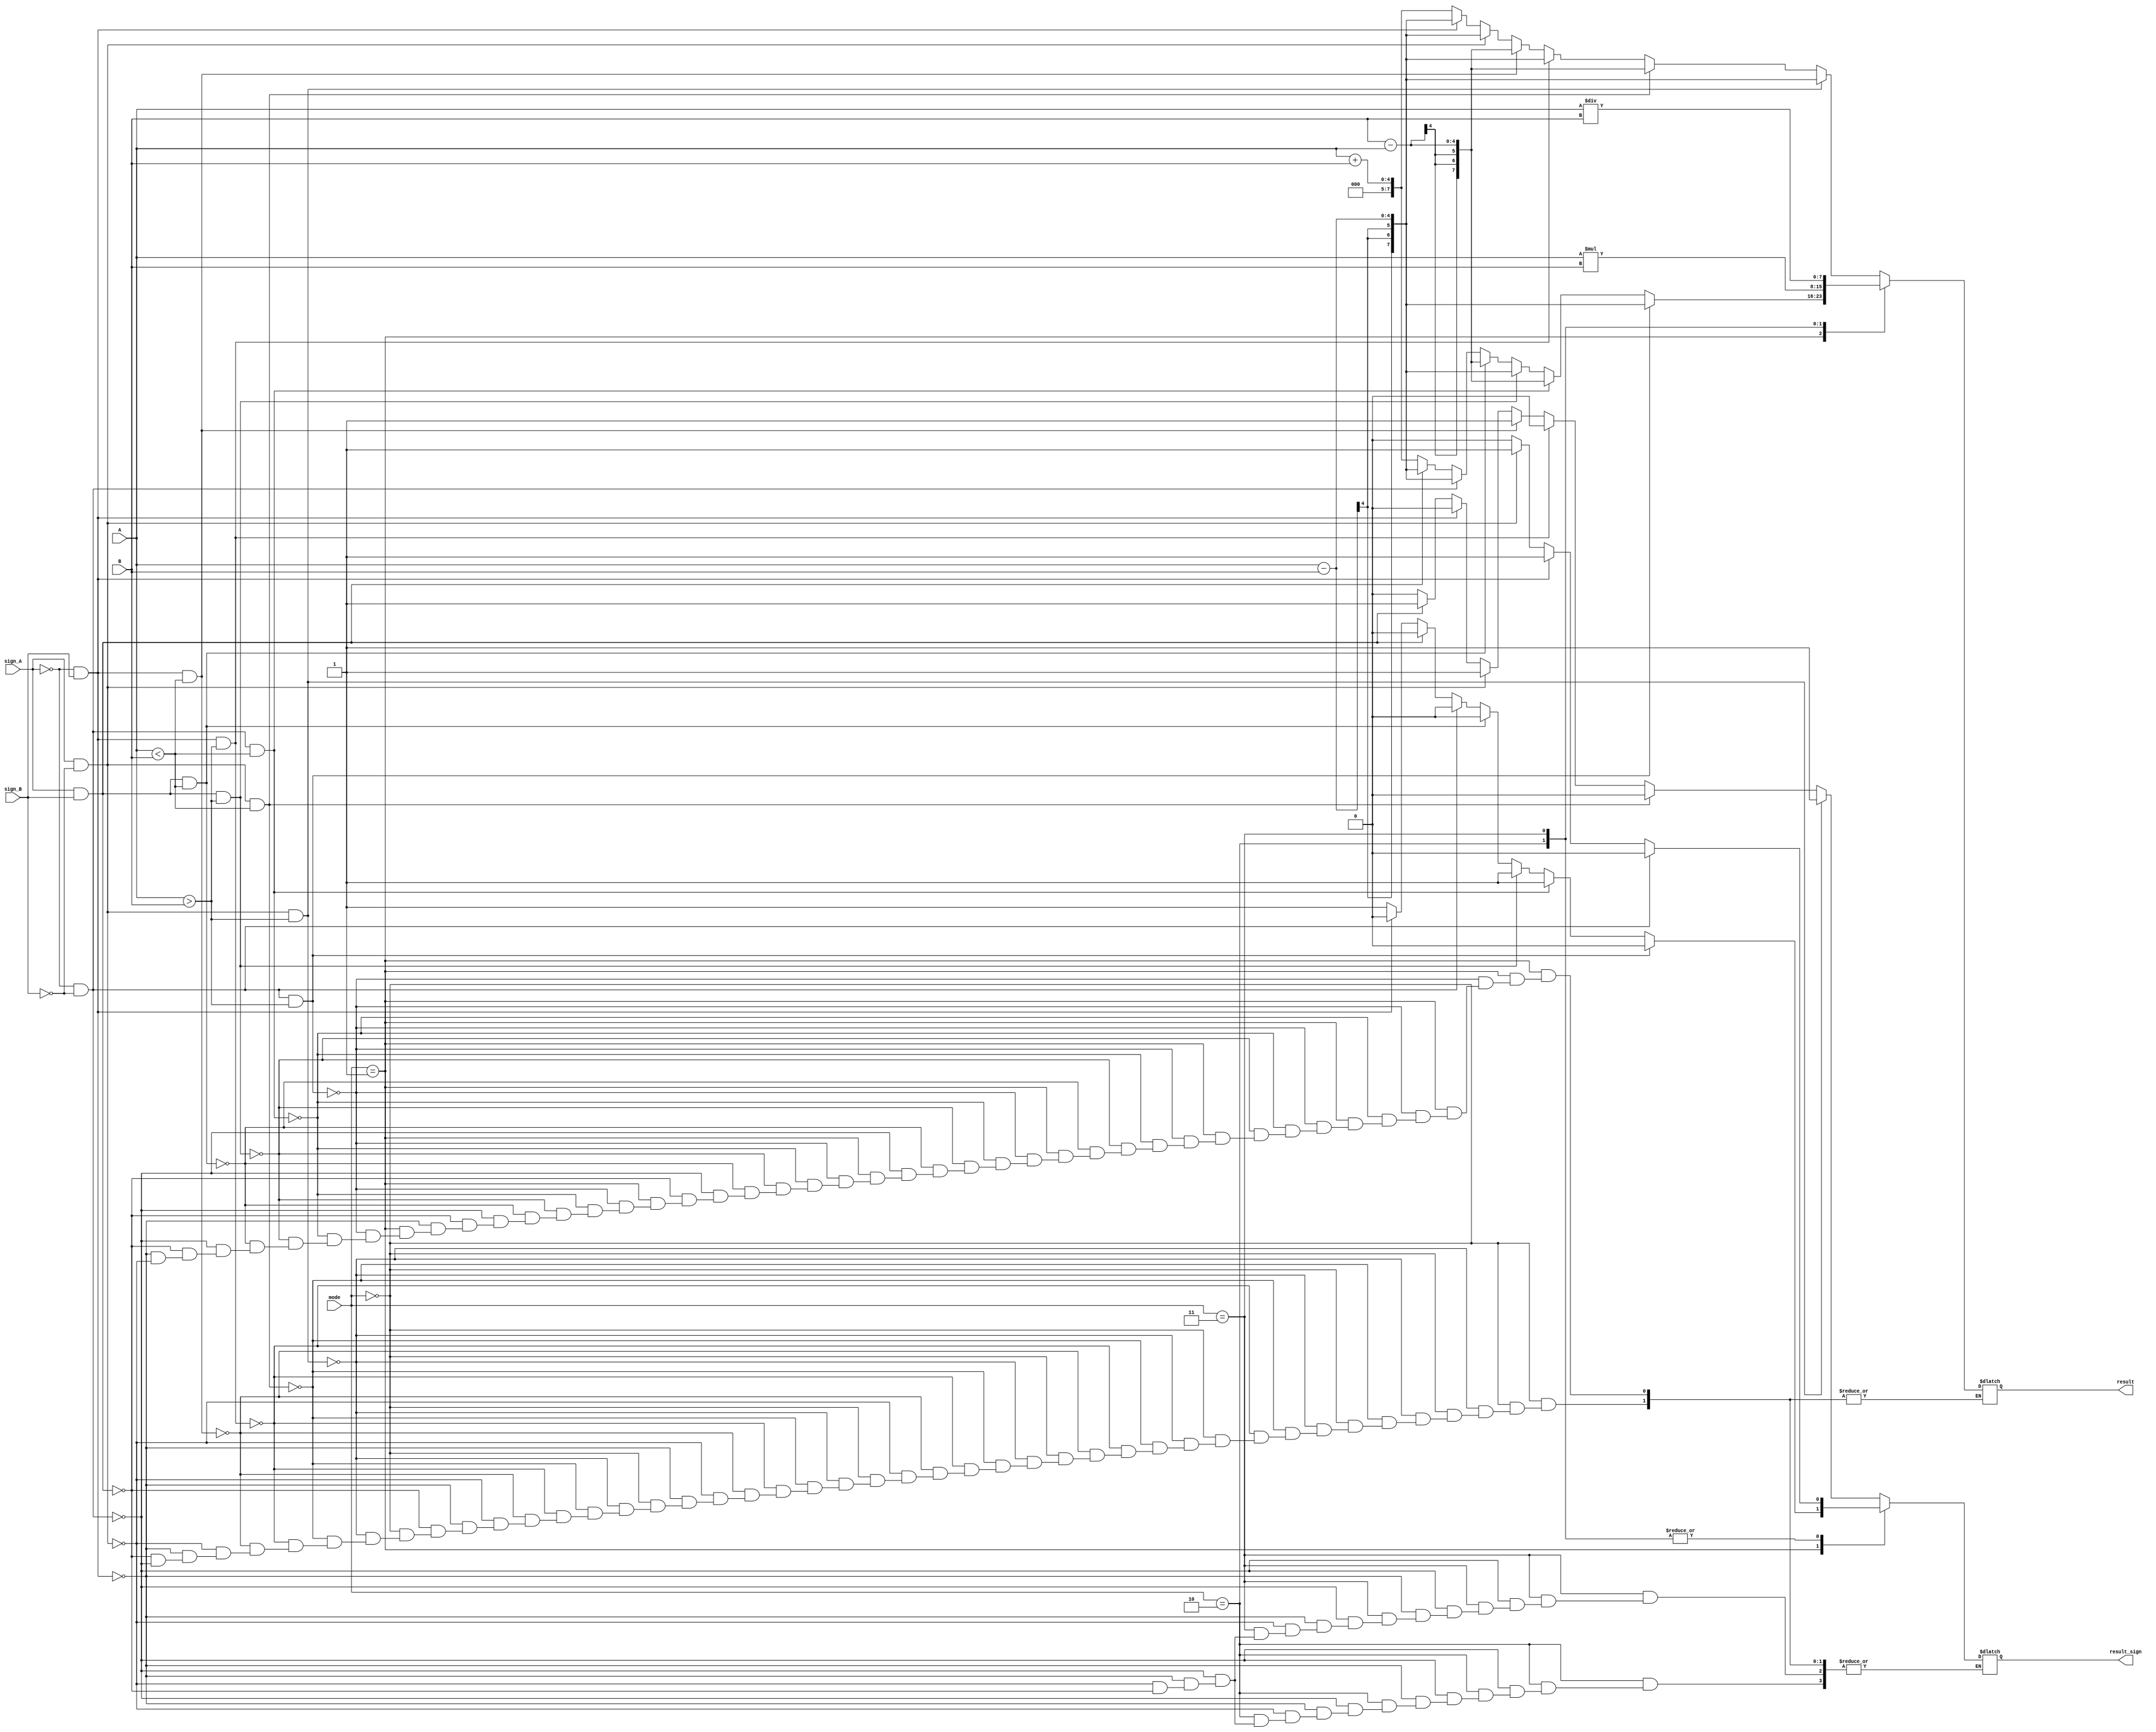
`timescale 1ns / 1ps
//////////////////////////////////////////////////////////////////////////////////
// Company: 
// Engineer: 
// 
// Design Name: 
// Module Name: calculator
// Project Name: 
// Target Devices: 
// Tool Versions: 
// Description: 
// 
// Dependencies: 
// 
// Revision:
// Revision 0.01 - File Created
// Additional Comments:
// 
//////////////////////////////////////////////////////////////////////////////////


module calculator(
                        input [3:0] A, B,
                        input sign_A, sign_B,
                        input [1:0] mode,
                        output reg [7:0] result,
                        output reg result_sign
                );
     //need to include A,B, sign_A, sign_B           
      always@ (*)
        begin
            case (mode)
                2'b00:  //Addition
                    begin                                                         
                       if(sign_A == 1 && sign_B == 0 && ( A > B ) )  //0 is positive, 1 is negative                      
                            begin
                                result_sign = 1;
                                result = A - B;
                            end    
                            
                        else if(sign_A == 1 && sign_B == 0 && ( A < B ) ) //0 is positive, 1 is negative                       
                            begin
                                result_sign = 0;
                                result = B - A;
                            end        
                            
                         else if(sign_A == 0 && sign_B == 1 && ( A > B ) )  //0 is positive, 1 is negative                      
                            begin
                                result_sign = 0;
                                result = A - B;
                            end    
                            
                        else if(sign_A == 0 && sign_B == 1 && ( A < B ) ) //0 is positive, 1 is negative                       
                            begin
                                result_sign = 1;
                                result = B - A;
                            end               
                        else if(sign_A ==1 && sign_B ==0)    
                             begin
                                result_sign = 1;
                                result = A - B;
                             end    
                       
                        else if(sign_A ==0 && sign_B ==1)    
                             begin
                                result_sign = 0;
                                result = A - B;
                             end  
                         else if(sign_A == 1 && sign_B == 1) //0 is positive, 1 is negative                  
                            begin
                                result_sign = 1;
                                result = A + B;
                            end         
                         else if(sign_A == 0 && sign_B == 0) //0 is positive, 1 is negative                  
                            begin
                                result_sign = 0;
                                result = A + B;
                            end           
                              
                                                               
                    end
                    
         
                2'b01:  //Subtraction
                     begin
                        
                        if(sign_A == 0 && sign_B == 0 && (A>B) ) //0 is positive, 1 is negative                  
                            begin
                                result_sign = 0;
                                result = A - B;
                            end    
                        
                        else if(sign_A == 0 && sign_B == 0 && (A<B) ) //0 is positive, 1 is negative                  
                            begin
                                result_sign = 1;
                                result = B-A;
                            end    
                            
                        else if(sign_A == 1 && sign_B == 1 && (A>B) ) //0 is positive, 1 is negative                  
                            begin
                                result_sign = 1;
                                result = A - B;
                            end   
                            
                        else if(sign_A == 1 && sign_B == 1 && (A<B) ) //0 is positive, 1 is negative                  
                            begin
                                result_sign = 0;
                                result = B - A;
                            end     
                        
                        else if(sign_A == 0 && sign_B == 0) //0 is positive, 1 is negative                  
                            begin
                                result_sign = 0;
                                result = A - B;
                            end            
                            
                        else if(sign_A == 1 && sign_B == 1) //0 is positive, 1 is negative                  
                            begin
                                result_sign = 0;
                                result = A - B;
                            end    
                             
                        else if(sign_A ==0 && sign_B ==1)    
                             begin
                                result_sign = 0;
                                result = A + B;
                             end    
                                                                        
                        else if(sign_A ==1 && sign_B ==0)    
                             begin
                                result_sign = 1;
                                result = A + B;
                             end                                                                                                           
                                                                       
                    end   
                    
               2'b10:  //Multiplication
                    begin
                        result = A * B;
                        if(sign_A ==0 && sign_B ==0)    
                            result_sign = 0;
                        else if(sign_A ==0 && sign_B ==1)    
                            result_sign = 1;                                                                                             
                        else if(sign_A ==1 && sign_B ==0)    
                            result_sign = 1;   
                        else if(sign_A ==1 && sign_B ==1)    
                            result_sign = 0;                                                
                    end   
                    
               2'b11:  //division
                     begin
                          result = A / B;
                        if(sign_A ==0 && sign_B ==0)    
                            result_sign = 0;
                        else if(sign_A ==0 && sign_B ==1)    
                            result_sign = 1;                                                                                             
                        else if(sign_A ==1 && sign_B ==0)    
                            result_sign = 1;   
                        else if(sign_A ==1 && sign_B ==1)    
                            result_sign = 0;                                                                                                                                                                     
                    end                    
                
             endcase       
        end
        
endmodule